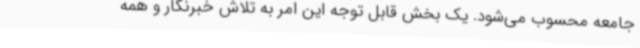
جامعه محسوب می‌شود. یک بخش قابل توجه این امر به تلاش خبرنگار و همه